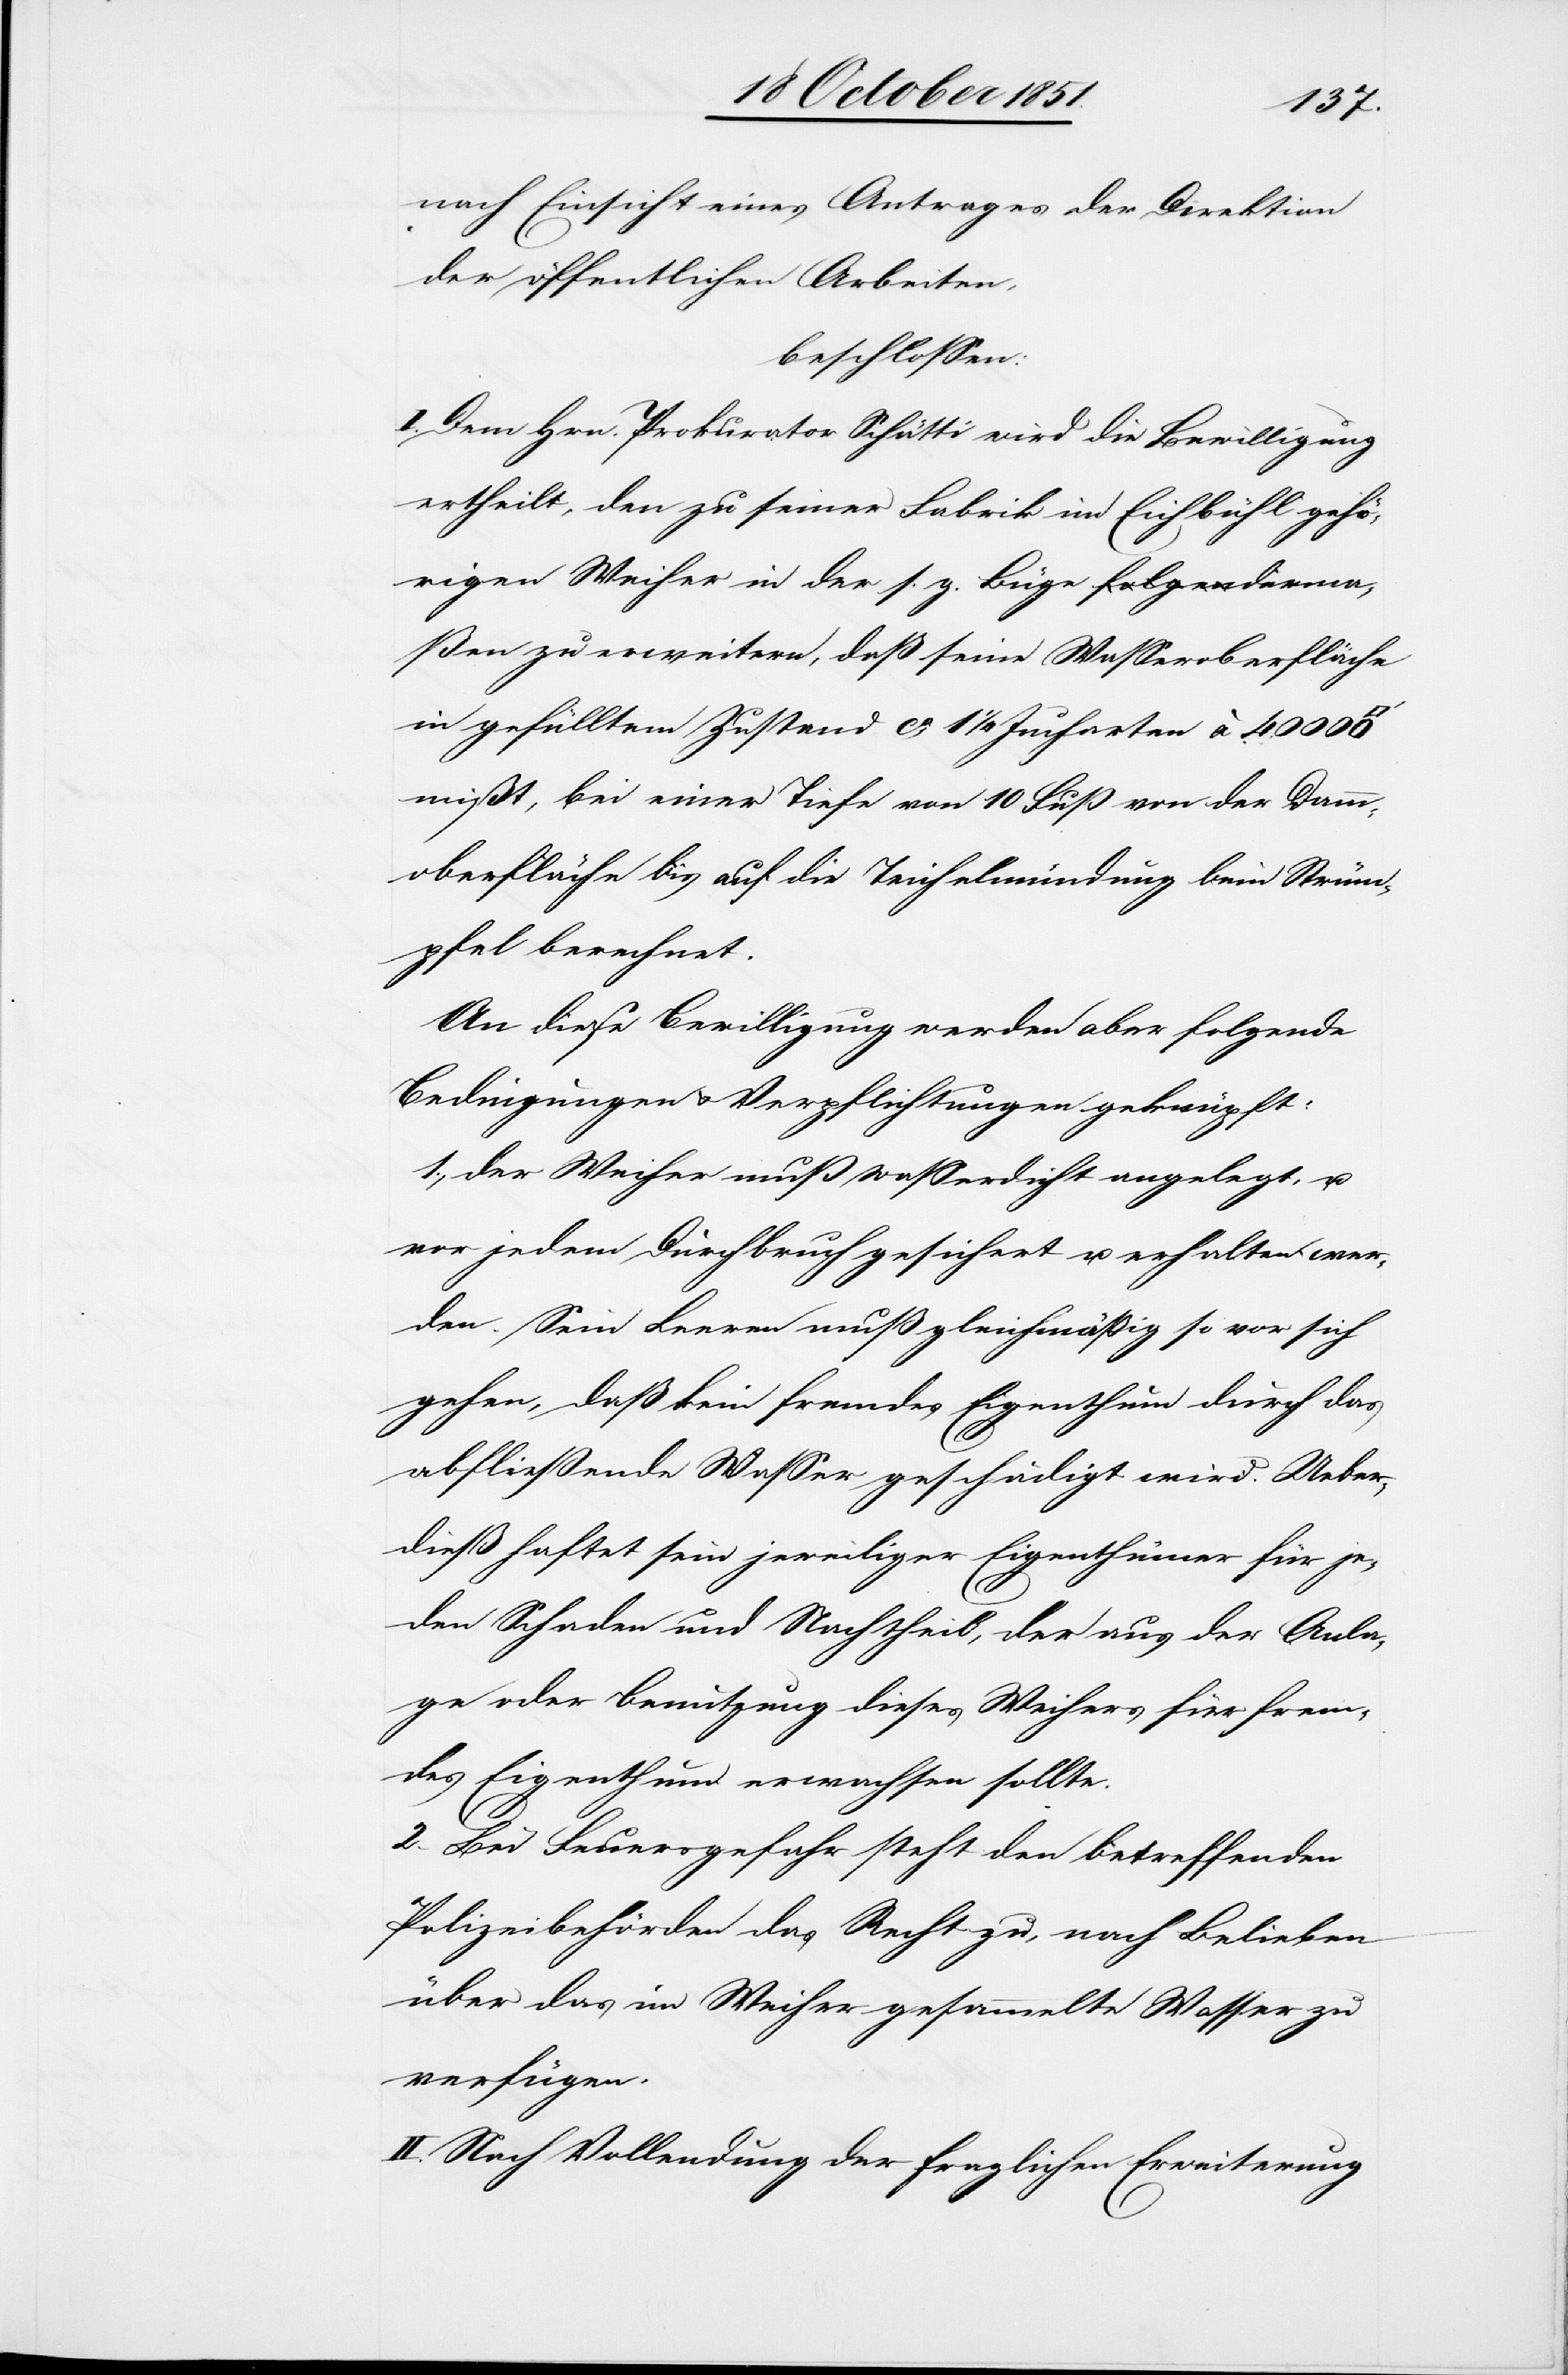
nach Einsicht eines Antrages der Direktion
der öffentlichen Arbeiten,
beschlossen:
I. Dem Hrn. Prokurator Schätti wird die Bewilligung
ertheilt, den zu seiner Fabrik im Eichbühl gehö¬
rigen Weiher in der s. g. Büge derma¬
ßen zu erweitern, daß seine Wasseroberfläche
in gefülltem Zustand ca. 1 1/4 Jucharten à 40 000
mißt, bei einer Tiefe von 10 Fuß von der Damm¬
oberfläche bis auf die Teichelmündung beim Strüm¬
pfel berechnet.
An diese Bewilligung werden aber folgende
Bedingungen & Verpflichtungen geknüpft:
1., der Weiher muß waßerdicht angelegt, u.
vor jedem Durchbruch gesichert u. erhalten wer¬
den. Sein Leeren muß gleichmäßig so vor sich
gehen, daß kein fremdes Eigenthum durch das
abfließende Wasser geschädigt wird. Ueber¬
dieß haftet sein jeweiliger Eigenthümer für je¬
den Schaden und Nachtheil, der aus der Anla¬
ge oder Benutzung dieses Weihers für frem¬
des Eigenthum erwachsen sollte.
2. Bei Feuersgefahr steht den betreffenden
Polizeibehörden das Recht zu, nach Belieben
über das im Weiher gesammelte Wasser zu
verfügen.
II. Nach Vollendung der fraglichen Erweiterung